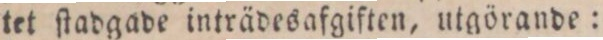
tet ſtadgade inträdesafgiften, utgörande: